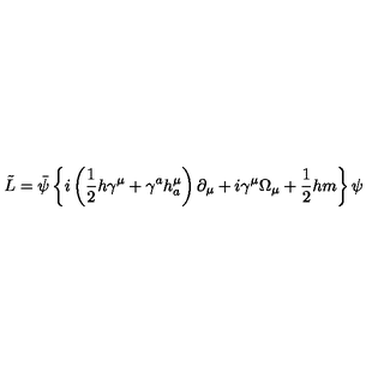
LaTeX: \tilde { L } = \bar { \psi } \left\{ i \left( \frac 1 2 h \gamma ^ { \mu } + \gamma ^ { a } h _ { a } ^ { \mu } \right) \partial _ { \mu } + i \gamma ^ { \mu } \Omega _ { \mu } + \frac 1 2 h m \right\} \psi